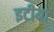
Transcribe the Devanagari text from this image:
इटीया